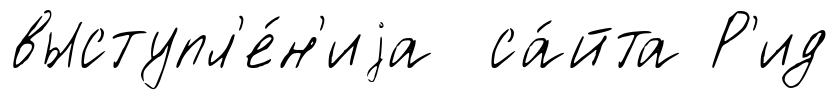
выступл'е́н'иjа са́йта Р'ид